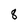
Character: 8